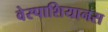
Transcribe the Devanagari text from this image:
वेस्पाशियानस